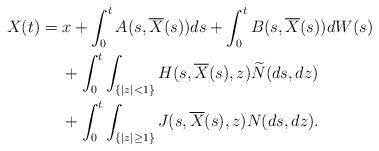
LaTeX: \begin{align*} X(t)&= x+\int_0^t A(s,\overline{X}(s))ds+\int_0^t B(s,\overline{X}(s))dW(s) \\ &\quad\ +\int_0^t \int_{\{|z|<1\}} H(s,\overline{X}(s),z)\widetilde{N}(ds,dz)\\&\quad\ +\int_0^t\int_{\{|z|\ge1\}} J(s,\overline{X}(s),z)N(ds,dz).\end{align*}